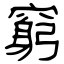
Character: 窮